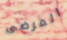
المرضى